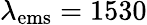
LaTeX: \lambda_{\mathrm{ems}}=1530